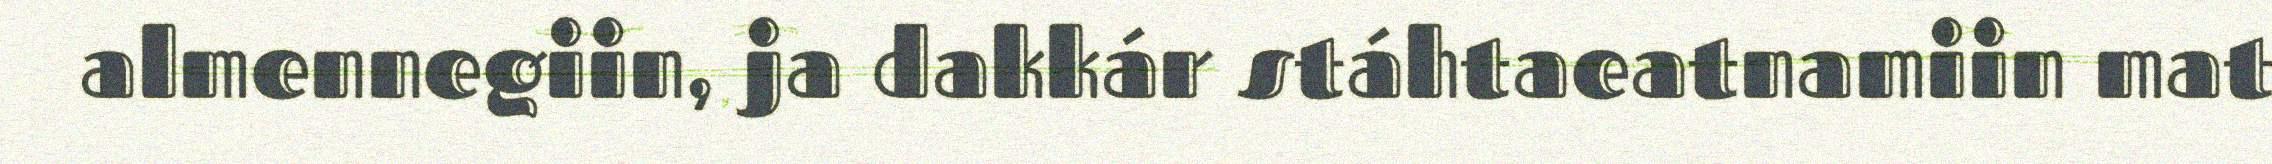
almennegiin, ja dakkár stáhtaeatnamiin mat